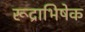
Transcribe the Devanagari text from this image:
रूद्राभिषेक